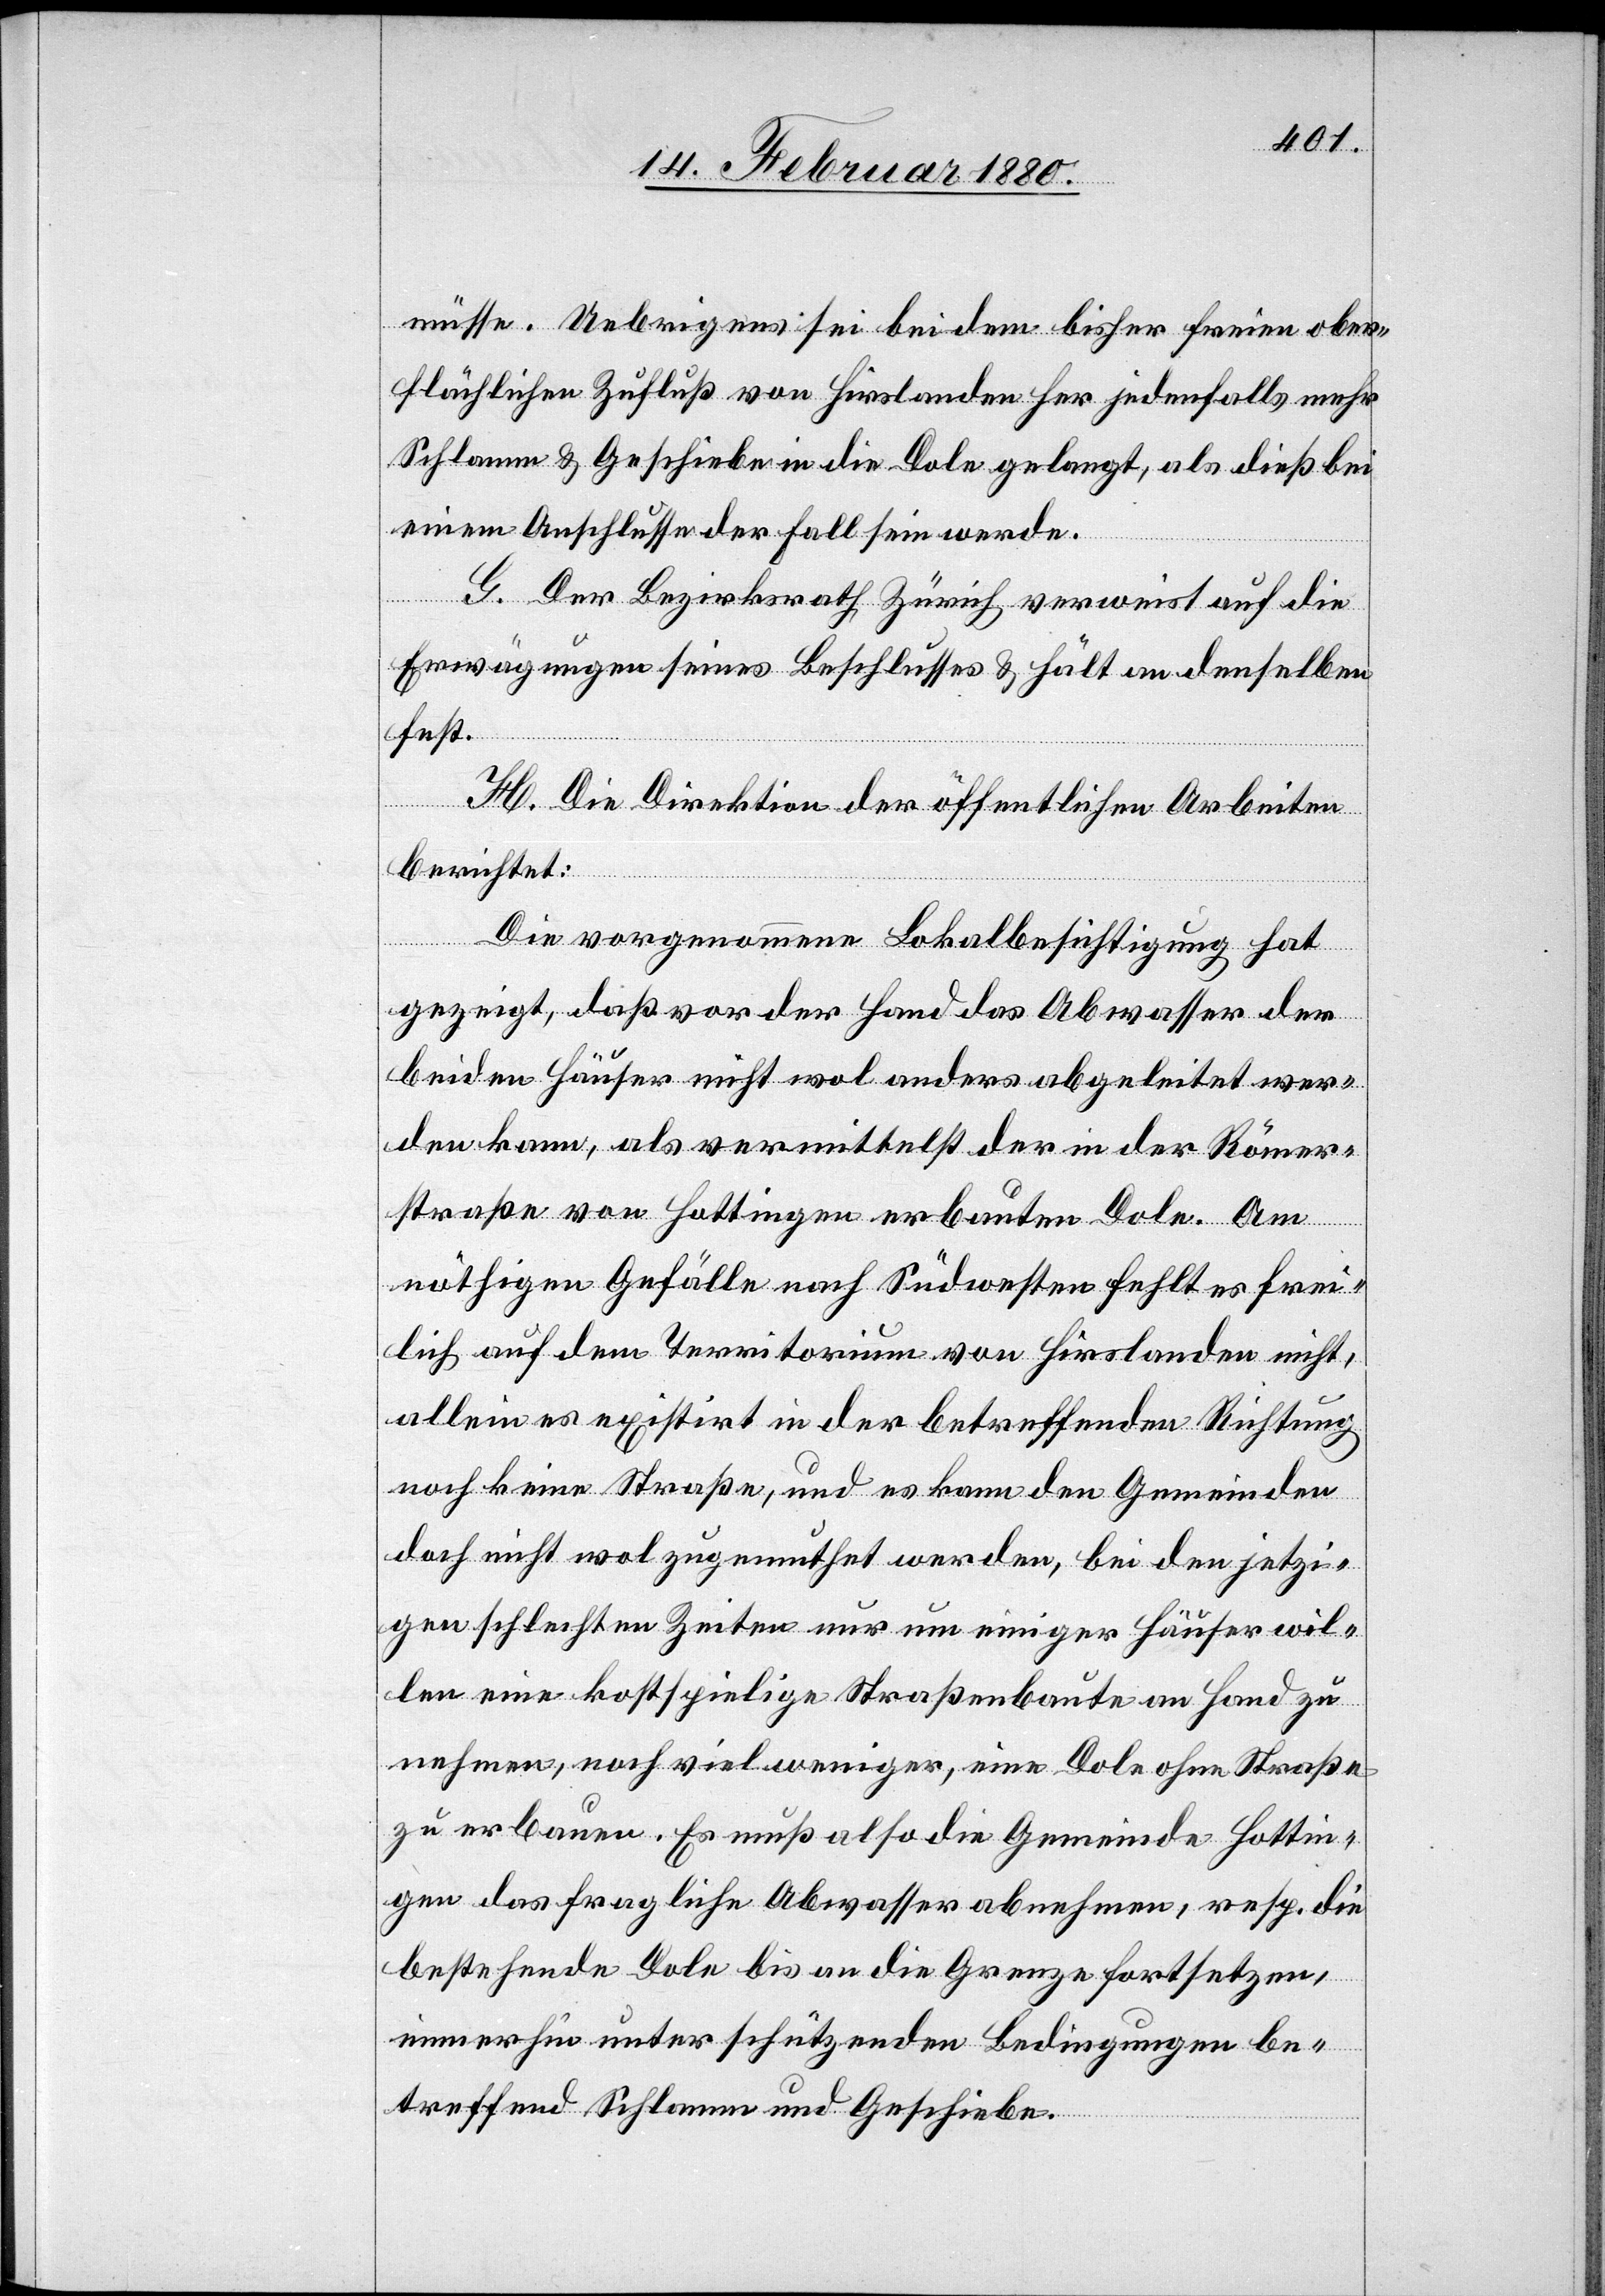
müsse. Uebrigens sei bei dem bisher freien ober¬
flächlichen Zufluß von Hirslanden her jedenfalls mehr
Schlamm & Geschiebe in die Dole gelangt, als dieß bei
einem Anschlusse der Fall sein werde.
G. Der Bezirksrath Zürich verweist auf die
Erwägungen seines Beschlusses & hält an denselben
jetzi¬
H. Die Direktion der öffentlichen Arbeiten
berichtet:
Die vorgenommene Lokalbesichtigung hat
gezeigt, daß vor der Hand das Abwasser der
beiden Häuser nicht wol anders abgeleitet wer¬
den kann, als vermittelst der in der Römer¬
straße von Hottingen erbauten Dole. Am
nöthigen Gefälle nach Südwesten fehlt es frei¬
lich auf dem Territorium von Hirslanden nicht,
allein es existirt in der betreffenden Richtung
noch keine Straße, und es kann den Gemeinden
gen schlechten Zeiten nur um einiger Häuser wil¬
len eine kostspielige Straßenbaute an Hand zu
nehmen, noch viel weniger, eine Dole ohne Straße
zu erbauen. Es muß also die Gemeinde Hottin¬
gen das fragliche Abwasser abnehmen, resp. die
bestehende Dole bis an die Grenze fortsetzen,
immerhin unter schützenden Bedingungen be¬
treffend Schlamm und Geschiebe.